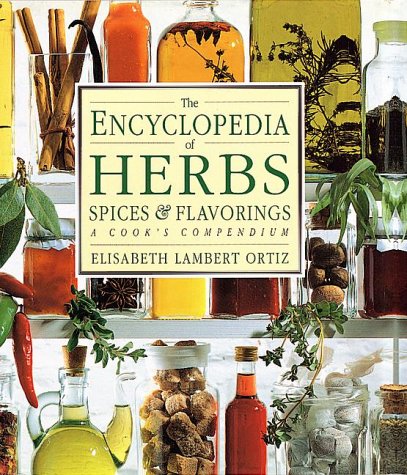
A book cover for The Encyclopedia of Herbs, Spices, & Flavorings; Elisabeth Lambert Ortiz; Cookbooks, Food & Wine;